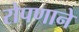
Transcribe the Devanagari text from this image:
रोपणाने